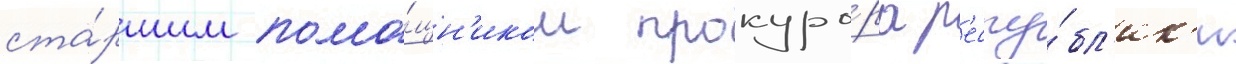
ста́ршим помо́щн'иком прокуро́ра р'еспу́бл'ик'и